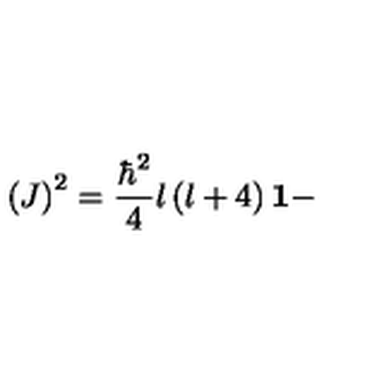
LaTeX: \left( J \right) ^ { 2 } = \frac { \hbar ^ { 2 } } { 4 } l \left( l + 4 \right) \mathbf { 1 - }